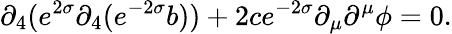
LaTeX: \partial_{4}(e^{2\sigma}\partial_{4}(e^{-2\sigma}b))+2ce^{-2\sigma}\partial_{\mu}\partial^{\mu}\phi=0.